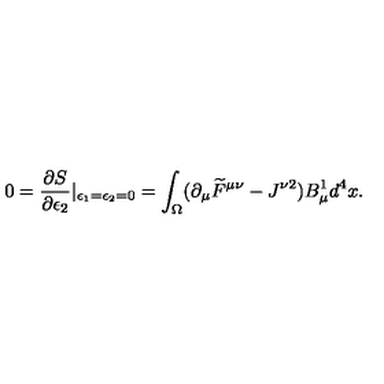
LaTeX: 0 = \frac { \partial S } { \partial \epsilon _ { 2 } } | _ { \epsilon _ { 1 } = \epsilon _ { 2 } = 0 } = \int _ { \Omega } ( \partial _ { \mu } \widetilde { F } ^ { \mu \nu } - J ^ { \nu 2 } ) B _ { \mu } ^ { 1 } d ^ { 4 } x .